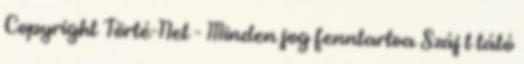
Copyright Törté-Net - Minden jog fenntartva Száj t tátó